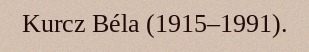
Kurcz Béla (1915–1991).